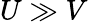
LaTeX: U\gg V